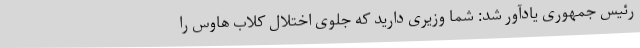
رئیس جمهوری یادآور شد: شما وزیری دارید که جلوی اختلال کلاب هاوس را